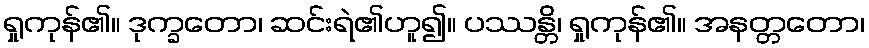
ရှုကုန်၏။ ဒုက္ခတော၊ ဆင်းရဲ၏ဟူ၍။ ပဿန္တိ၊ ရှုကုန်၏။ အနတ္တတော၊